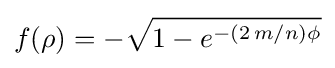
f(\rho )=-{\sqrt {1-e^{-(2\,m/n)\phi }}}